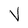
Character: V